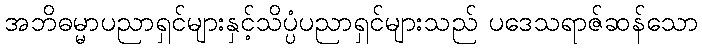
အဘိဓမ္မာပညာရှင်များနှင့်သိပ္ပံပညာရှင်များသည် ပဒေသရာဇ်ဆန်သော